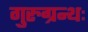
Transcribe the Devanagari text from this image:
गुरुग्रन्थः